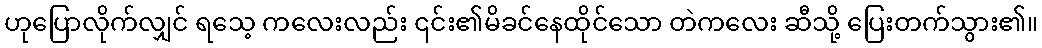
ဟုပြောလိုက်လျှင် ရသေ့ ကလေးလည်း ၎င်း၏မိခင်နေထိုင်သော တဲကလေး ဆီသို့ ပြေးတက်သွား၏။